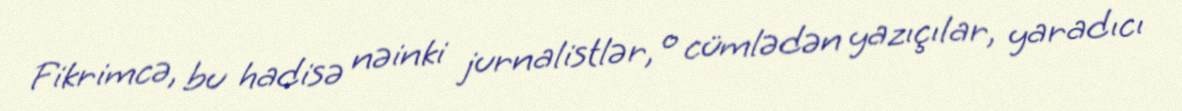
Fikrimcə, bu hadisə nəinki jurnalistlər, o cümlədən yazıçılar, yaradıcı